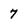
Character: 7